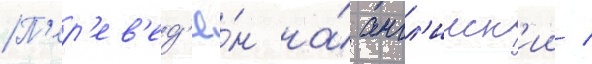
П'ер'ев'ед'ё́н на́ англ'ииск'ии /